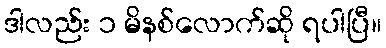
ဒါလည်း ၁ မိနစ်လောက်ဆို ရပါပြီ။